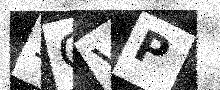
Text: 5GVP